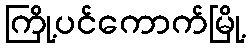
ကြို့ပင်ကောက်မြို့